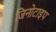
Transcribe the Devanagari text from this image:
जिनोटाइप